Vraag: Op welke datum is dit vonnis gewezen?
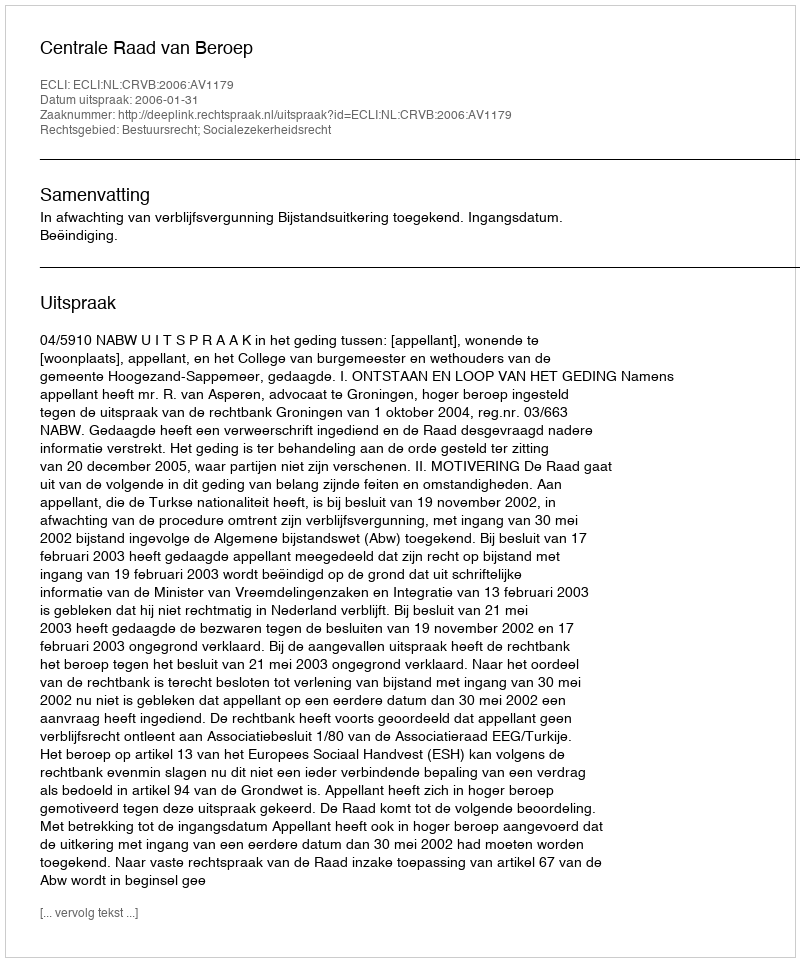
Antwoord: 2006-01-31